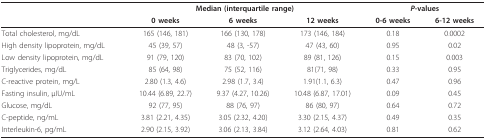
<table><thead><tr><td></td><td colspan="3"><b>Median (interquartile range)</b></td><td colspan="2"><b><i>P</i>-values</b></td></tr><tr><td></td><td><b>0 weeks</b></td><td><b>6 weeks</b></td><td><b>12 weeks</b></td><td><b>0-6 weeks</b></td><td><b>6-12 weeks</b></td></tr></thead><tbody><tr><td>Total cholesterol, mg/dL</td><td>165 (146, 181)</td><td>166 (130, 178)</td><td>173 (146, 184)</td><td>0.18</td><td>0.0002</td></tr><tr><td>High density lipoprotein, mg/dL</td><td>45 (39, 57)</td><td>48 (3, -57)</td><td>47 (43, 60)</td><td>0.95</td><td>0.02</td></tr><tr><td>Low density lipoprotein, mg/dL</td><td>91 (79, 120)</td><td>83 (70, 102)</td><td>89 (81, 126)</td><td>0.15</td><td>0.003</td></tr><tr><td>Triglycerides, mg/dL</td><td>85 (64, 98)</td><td>75 (52, 116)</td><td>81(71, 98)</td><td>0.33</td><td>0.95</td></tr><tr><td>C-reactive protein, mg/L</td><td>2.80 (1.3, 4.6)</td><td>2.98 (1.7, 3.4)</td><td>1.91(1.1, 6.3)</td><td>0.47</td><td>0.96</td></tr><tr><td>Fasting insulin, μIU/mL</td><td>10.44 (6.89, 22.7)</td><td>9.37 (4.27, 10.26)</td><td>10.48 (6.87, 17.01)</td><td>0.09</td><td>0.45</td></tr><tr><td>Glucose, mg/dL</td><td>92 (77, 95)</td><td>88 (76, 97)</td><td>86 (80, 97)</td><td>0.64</td><td>0.72</td></tr><tr><td>C-peptide, ng/mL</td><td>3.81 (2.21, 4.35)</td><td>3.05 (2.32, 4.20)</td><td>3.30 (2.15, 4.37)</td><td>0.49</td><td>0.35</td></tr><tr><td>Interleukin-6, pg/mL</td><td>2.90 (2.15, 3.92)</td><td>3.06 (2.13, 3.84)</td><td>3.12 (2.64, 4.03)</td><td>0.81</td><td>0.62</td></tr></tbody></table>